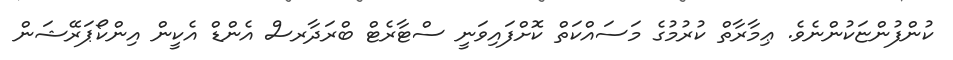
ކުންފުންޏަކުންނެވެ. ޢިމާރާތް ކުރުމުގެ މަސައްކަތް ކޮށްފައިވަނީ ސްޓާރެޓް ބްރަދާރސް އެންޑް އެކީން އިންކޯޕަރޭޝަން